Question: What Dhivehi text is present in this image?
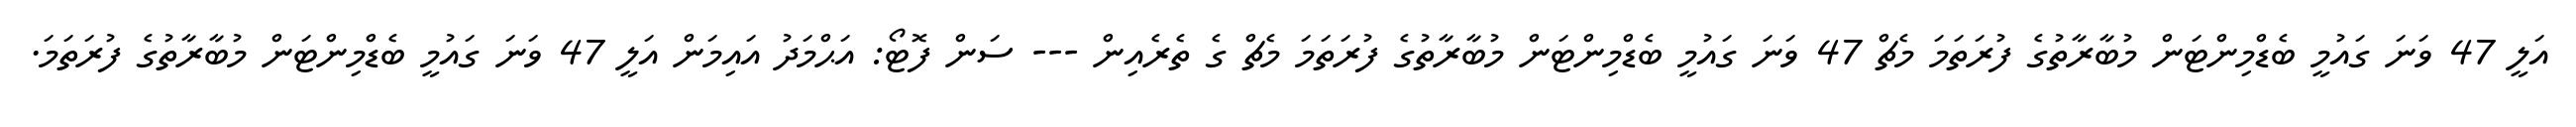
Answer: އަލީ 47 ވަނަ ގައުމީ ބެޑްމިންޓަން މުބާރާތުގެ ފުރަތަމަ މެޗް 47 ވަނަ ގައުމީ ބެޑްމިންޓަން މުބާރާތުގެ ފުރަތަމަ މެޗް ގެ ތެރެއިން --- ސަން ފޮޓޯ: އަޙްމަދު އައިމަން އަލީ 47 ވަނަ ގައުމީ ބެޑްމިންޓަން މުބާރާތުގެ ފުރަތަމަ.